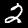
Digit: 2